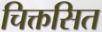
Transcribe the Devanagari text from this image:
चिक्तसित